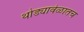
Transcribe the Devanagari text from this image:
थोड्यावेळातच